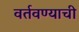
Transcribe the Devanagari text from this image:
वर्तवण्याची